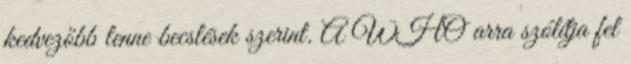
kedvezőbb lenne becslések szerint. A WHO arra szólítja fel